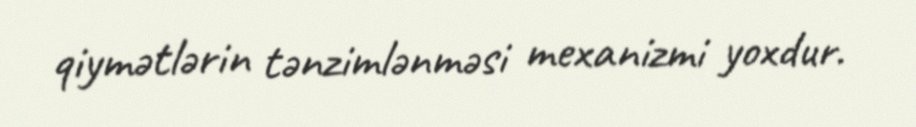
qiymətlərin tənzimlənməsi mexanizmi yoxdur.